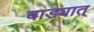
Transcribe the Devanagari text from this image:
वाड्यात्